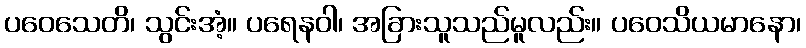
ပဝေသေတိ၊ သွင်းအံ့။ ပရေနဝါ၊ အခြားသူသည်မူလည်း။ ပဝေသိယမာနော၊